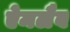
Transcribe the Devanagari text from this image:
ऐमलैब